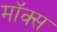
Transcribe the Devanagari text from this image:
मॉक्स